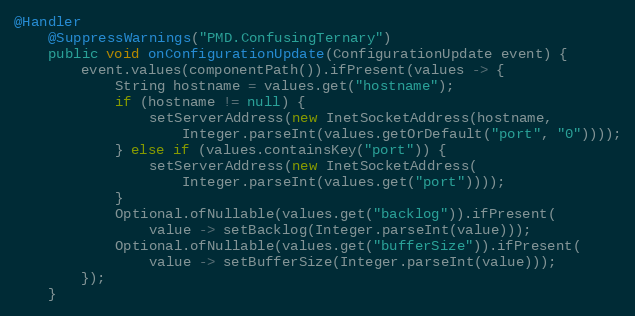
Language: Java
@Handler
    @SuppressWarnings("PMD.ConfusingTernary")
    public void onConfigurationUpdate(ConfigurationUpdate event) {
        event.values(componentPath()).ifPresent(values -> {
            String hostname = values.get("hostname");
            if (hostname != null) {
                setServerAddress(new InetSocketAddress(hostname,
                    Integer.parseInt(values.getOrDefault("port", "0"))));
            } else if (values.containsKey("port")) {
                setServerAddress(new InetSocketAddress(
                    Integer.parseInt(values.get("port"))));
            }
            Optional.ofNullable(values.get("backlog")).ifPresent(
                value -> setBacklog(Integer.parseInt(value)));
            Optional.ofNullable(values.get("bufferSize")).ifPresent(
                value -> setBufferSize(Integer.parseInt(value)));
        });
    }